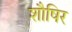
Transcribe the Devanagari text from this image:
शौषिर